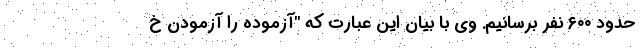
حدود ۶۰۰ نفر برسانیم. وی با بیان این عبارت که "آزموده را آزمودن خ